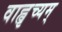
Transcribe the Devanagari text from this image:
वाह्वृच्यम्